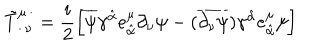
\tilde { T } _ { \cdot \, \nu } ^ { \mu \, \cdot } = \frac { i } { 2 } \left[ \overline { { { \psi } } } \gamma ^ { \hat { \alpha } } e _ { \hat { \alpha } } ^ { \mu } \partial _ { \nu } \psi - ( \overline { { { \partial _ { \nu } \psi } } } ) \gamma ^ { \hat { \alpha } } e _ { \hat { \alpha } } ^ { \mu } \psi \right]